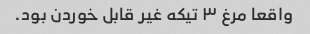
واقعا مرغ ۳ تیکه غیر قابل خوردن بود.